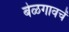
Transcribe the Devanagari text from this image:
बेळगावचें